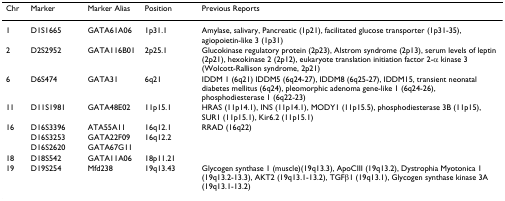
| Chr | Marker | Marker Alias | Position | Previous Reports |
 | --- | --- | --- | --- | --- |
 | 1 | D1S1665 | GATA61A06 | 1p31.1 | Amylase, salivary, Pancreatic (1p21), facilitated glucose transporter (1p31-35), agiopoietin-like 3 (1p31) |
 | 2 | D2S2952 | GATA116B01 | 2p25.1 | Glucokinase regulatory protein (2p23), Alstrom syndrome (2p13), serum levels of leptin (2p21), hexokinase 2 (2p12), eukaryote translation initiation factor 2-α kinase 3 (Wolcott-Rallison syndrome, 2p21) |
 | 6 | D6S474 | GATA31 | 6q21 | IDDM 1 (6q21) IDDM5 (6q24-27), IDDM8 (6q25-27), IDDM15, transient neonatal diabetes mellitus (6q24), pleomorphic adenoma gene-like 1 (6q24-26), phosphodiesterase 1 (6q22-23) |
 | 11 | D11S1981 | GATA48E02 | 11p15.1 | HRAS (11p14.1), INS (11p14.1), MODY1 (11p15.5), phosphodiesterase 3B (11p15), SUR1 (11p15.1), Kir6.2 (11p15.1) |
 | 16 | D16S3396 | ATA55A11 | 16q12.1 | RRAD (16q22) |
 |  | D16S3253 | GATA22F09 | 16q12.2 |  |
 |  | D16S2620 | GATA67G11 |  |  |
 | 18 | D18S542 | GATA11A06 | 18p11.21 |  |
 | 19 | D19S254 | Mfd238 | 19q13.43 | Glycogen synthase 1 (muscle)(19q13.3), ApoCIII (19q13.2), Dystrophia Myotonica 1 (19q13.2-13.3), AKT2 (19q13.1-13.2), TGFβ1 (19q13.1), Glycogen synthase kinase 3A (19q13.1-13.2) |